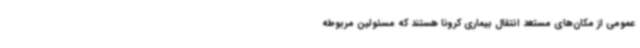
عمومی از مکان‌های مستعد انتقال بیماری کرونا هستند که مسئولین مربوطه